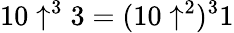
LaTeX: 10\uparrow^{3}3=(10\uparrow^{2})^{3}1